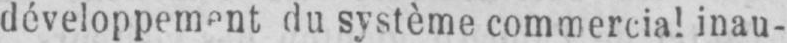
inau-